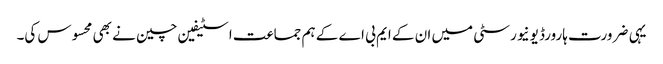
یہی ضرورت ہارورڈ یونیورسٹی میں ان کے ایم بی اے کے ہم جماعت اسٹیفین چین نے بھی محسوس کی۔